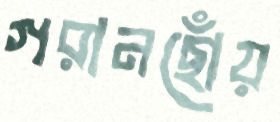
গরানছোঁয়